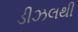
ડીઝલથી